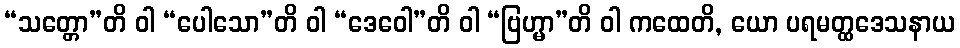
“သတ္တော”တိ ဝါ “ပေါသော”တိ ဝါ “ဒေဝေါ”တိ ဝါ “ဗြဟ္မာ”တိ ဝါ ကထေတိ, ယော ပရမတ္ထဒေသနာယ